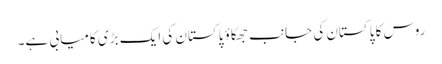
روس کا پاکستان کی جانب جھکاؤ پاکستان کی ایک بڑی کامیابی ہے۔